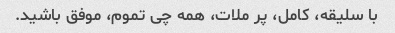
با سلیقه، کامل، پر ملات، همه چی تموم، موفق باشید.